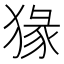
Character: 猭